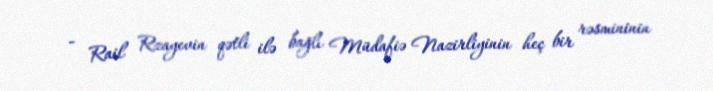
- Rail Rzayevin qətli ilə bağlı Müdafiə Nazirliyinin heç bir rəsmininin